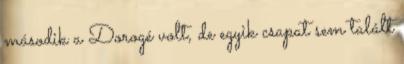
második a Dorogé volt, de egyik csapat sem talált